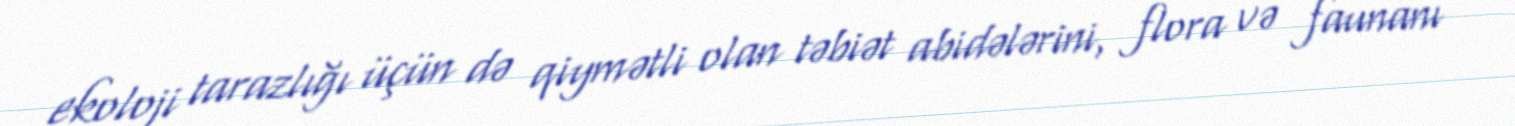
ekoloji tarazlığı üçün də qiymətli olan təbiət abidələrini, flora və faunanı